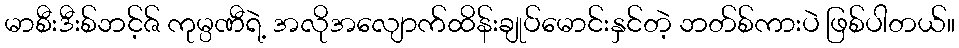
မာစီးဒီးစ်ဘင့်ဇ် ကုမ္ပဏီရဲ့ အလိုအလျောက်ထိန်းချုပ်မောင်းနှင်တဲ့ ဘတ်စ်ကားပဲ ဖြစ်ပါတယ်။